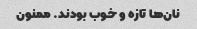
نان‌ها تازه و خوب بودند. ممنون